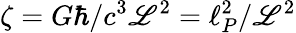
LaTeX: \zeta=G\hbar/c^{3}\mathscr{L}^{2}=\ell_{P}^{2}/\mathscr{L}^{2}